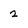
Character: 2